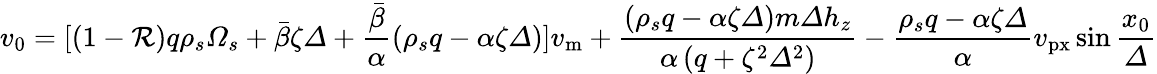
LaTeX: v_{0}=[\left(1-\mathcal{R}\right)q\rho_{s}\varOmega_{s}+\bar{\beta}\zeta\varDelta+\frac{\bar{\beta}}{\alpha}\left(\rho_{s}q-\alpha\zeta\varDelta\right)]v_{\mathrm{m}}+\frac{\left(\rho_{s}q-\alpha\zeta\varDelta\right)m\varDelta h_{z}}{\alpha\left(q+\zeta^{2}\varDelta^{2}\right)}-\frac{\rho_{s}q-\alpha\zeta\varDelta}{\alpha}v_{\mathrm{px}}\sin\frac{x_{0}}{\varDelta}